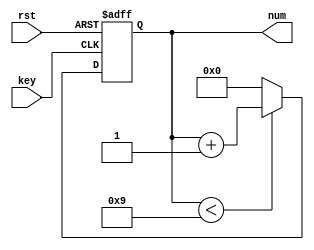
module inp_add(key,rst,num);

input wire key,rst;
output reg [3:0]num;

always @(posedge key or posedge rst) 
begin
  if (rst) 
    num <= 0;
  else if (key)
  begin
    if (num < 9)
      num <= num + 1;
    else
      num <= 0;
  end
end

endmodule